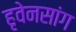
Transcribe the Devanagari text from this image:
हृवेनसांग